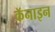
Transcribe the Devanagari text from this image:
कॅनाइन